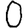
Digit: 0